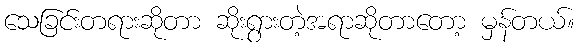
သေခြင်းတရားဆိုတာ ဆိုးရွားတဲ့အရာဆိုတာတော့ မှန်တယ်။